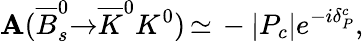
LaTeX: {\cal\mathbf{A}}({\overline{{{{B}}}}}_{s}^{0}{\to}{\overline{{{{K}}}}}^{0}K^{0})\, {\simeq}\, -{\vert}P_{c}{\vert}e^{-i{\delta}_{P}^{c}},